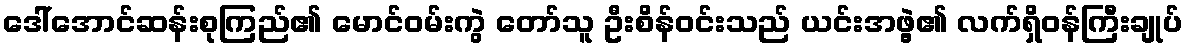
ဒေါ်အောင်ဆန်းစုကြည်၏ မောင်ဝမ်းကွဲ တော်သူ ဦးစိန်ဝင်းသည် ယင်းအဖွဲ့၏ လက်ရှိဝန်ကြီးချုပ်